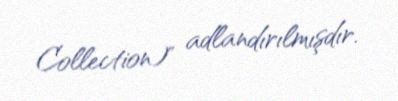
Collection)" adlandırılmışdır.